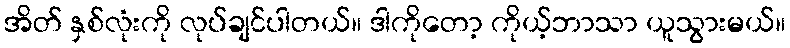
အိတ် နှစ်လုံးကို လုပ်ချင်ပါတယ်။ ဒါကိုတော့ ကိုယ့်ဘာသာ ယူသွားမယ်။